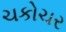
ચકોચર